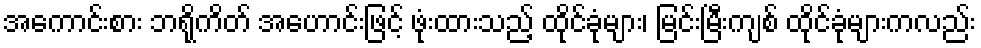
အကောင်းစား ဘရိုကိတ် အဟောင်းဖြင့် ဖုံးထားသည့် ထိုင်ခုံများ၊ မြင်းမြီးကျစ် ထိုင်ခုံများကလည်း